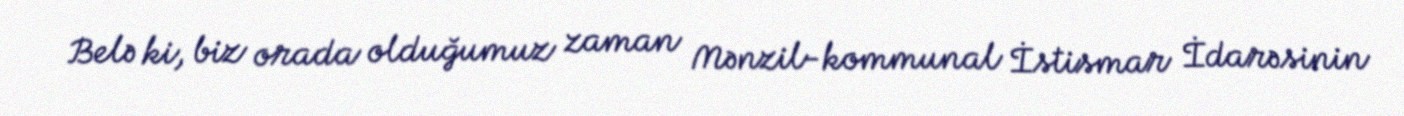
Belə ki, biz orada olduğumuz zaman Mənzil-kommunal İstismar İdarəsinin